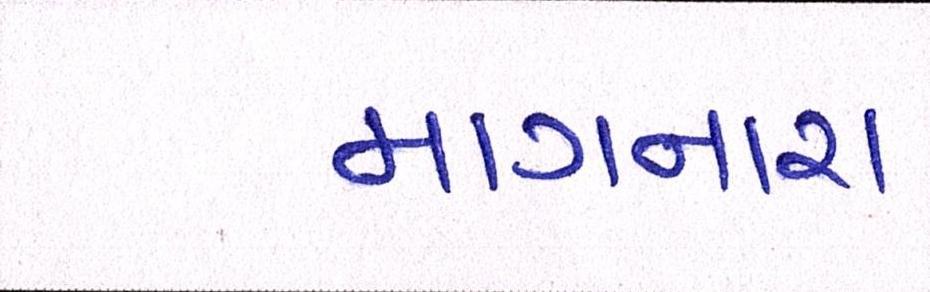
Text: માગનારા